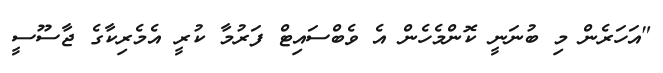
"އަހަރެން މި ބުނަނީ ކޮންމެހެން އެ ވެބްސައިޓް ފަރުމާ ކުރީ އެމެރިކާގެ ޖާސޫސީ